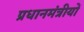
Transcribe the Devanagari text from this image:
प्रधानमंत्रीयों